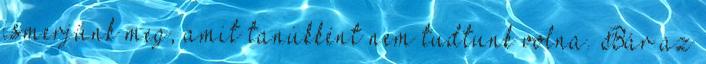
ismerjünk meg, amit tanúkként nem tudtunk volna. Bár az